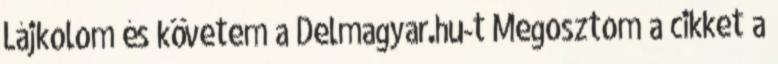
Lájkolom és követem a Delmagyar.hu-t Megosztom a cikket a